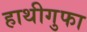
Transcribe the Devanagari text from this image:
हाथीगुफा